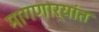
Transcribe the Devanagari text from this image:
मागणार्‍यांत